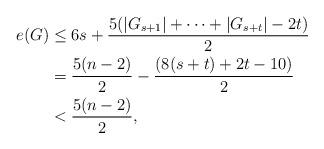
LaTeX: \begin{align*}e(G)&\le 6s+\frac{5(|G_{s+1}|+\cdots+|G_{s+t}|-2t)}2\\&=\frac{5(n-2)}2-\frac{(8(s+t)+2t-10)}2\\&<\frac{5(n-2)}2,\end{align*}